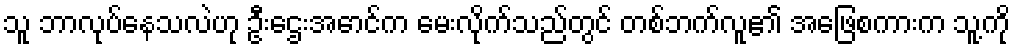
သူ ဘာလုပ်နေသလဲဟု ဦးဌေးအောင်က မေးလိုက်သည်တွင် တစ်ဘက်လူ၏ အဖြေစကားက သူ့ကို